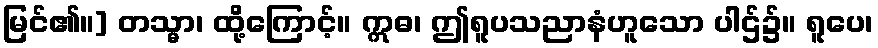
မြင်၏။] တသ္မာ၊ ထို့ကြောင့်။ ဣဓ၊ ဤရူပသညာနံဟူသော ပါဌ်၌။ ရူပေ၊